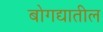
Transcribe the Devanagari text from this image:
बोगद्यातील